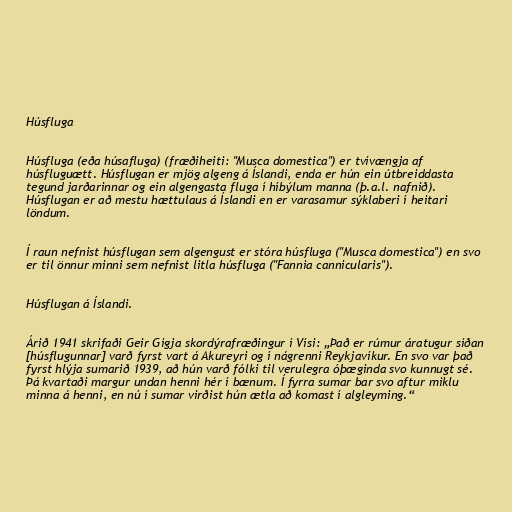
Húsfluga

Húsfluga (eða húsafluga) (fræðiheiti: "Musca domestica") er tvívængja af
húsfluguætt. Húsflugan er mjög algeng á Íslandi, enda er hún ein útbreiddasta
tegund jarðarinnar og ein algengasta fluga í híbýlum manna (þ.a.l. nafnið).
Húsflugan er að mestu hættulaus á Íslandi en er varasamur sýklaberi í heitari
löndum.

Í raun nefnist húsflugan sem algengust er stóra húsfluga ("Musca domestica") en svo
er til önnur minni sem nefnist litla húsfluga ("Fannia cannicularis").

Húsflugan á Íslandi.

Árið 1941 skrifaði Geir Gígja skordýrafræðingur í Vísi: „Það er rúmur áratugur síðan
[húsflugunnar] varð fyrst vart á Akureyri og í nágrenni Reykjavíkur. En svo var það
fyrst hlýja sumarið 1939, að hún varð fólki til verulegra óþæginda svo kunnugt sé.
Þá kvartaði margur undan henni hér í bænum. Í fyrra sumar bar svo aftur miklu
minna á henni, en nú í sumar virðist hún ætla að komast í algleyming.“